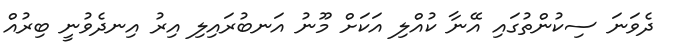
ދެވަނަ ސިކުންތުގައި އޭނާ ކުއްލި އަކަށް މޫނު އަނބުރައިލި އިރު އިނދެވުނީ ބިރުއް